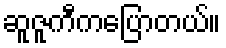
ဆူဇူကီကပြောတယ်။